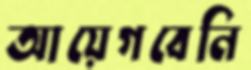
আয়েগবেনি